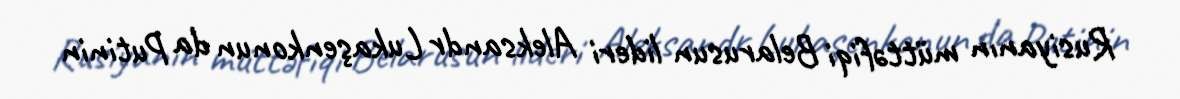
Rusiyanın müttəfiqi Belarusun lideri Aleksandr Lukaşenkonun da Putinin